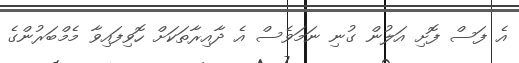
އެ ފަސް ފޮށި އަލުން ގުނި ނަމަވެސް އެ ދާއިރާތަކަށް ހޮވިފައިވާ މެމްބަރުންގެ